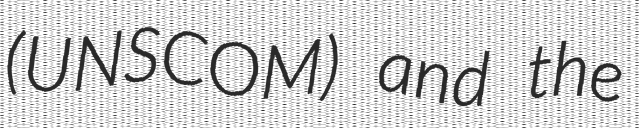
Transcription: (UNSCOM) and the